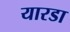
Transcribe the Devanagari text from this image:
यारडा